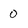
Character: 0